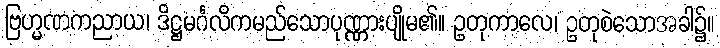
ဗြဟ္မဏကညာယ၊ ဒိဋ္ဌမင်္ဂလိကမည်သောပုဏ္ဏားပျိုမ၏။ ဥတုကာလေ၊ ဥတုစဲသောအခါ၌။